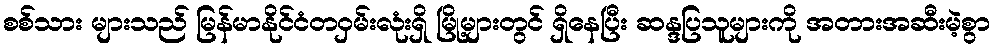
စစ်သား များသည် မြန်မာနိုင်ငံတဝှမ်းလုံးရှိ မြို့များတွင် ရှိနေပြီး ဆန္ဒပြသူများကို အတားအဆီးမဲ့စွာ